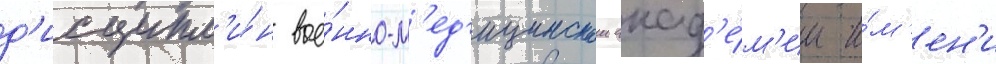
д'исципл'и́н вое́нно-м'ед'ицинскои акад'е́м'ии и́м'ен'и